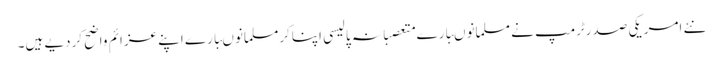
نئے امریکی صدرٹرمپ نے مسلمانوںبارے متعصبانہ پالیسی اپناکرمسلمانوںبارے اپنے عزائم واضح کردیے ہیں۔